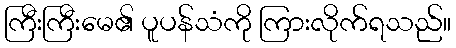
ကြီးကြီးမေ၏ ပူပန်သံကို ကြားလိုက်ရသည်။